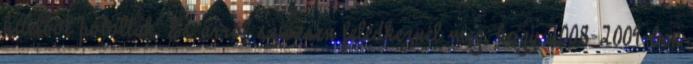
hitelből pótolták. És arról szívesen feledkeznél meg, hogy 2008-2009-ben